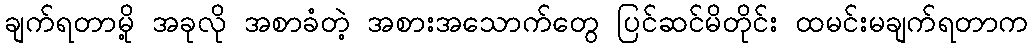
ချက်ရတာမို့ အခုလို အစာခံတဲ့ အစားအသောက်တွေ ပြင်ဆင်မိတိုင်း ထမင်းမချက်ရတာက